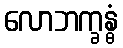
လောဘက္ခန္ဓံ